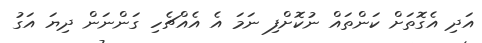
އަދި އެގޮތަށް ކަންތައް ނުކޮށްފި ނަމަ އެ އެއްޗެހި ގަންނަން ދިޔަ އަގު